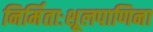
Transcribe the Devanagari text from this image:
निर्मिताःशूलपाणिना